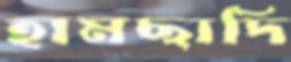
হামছাদি